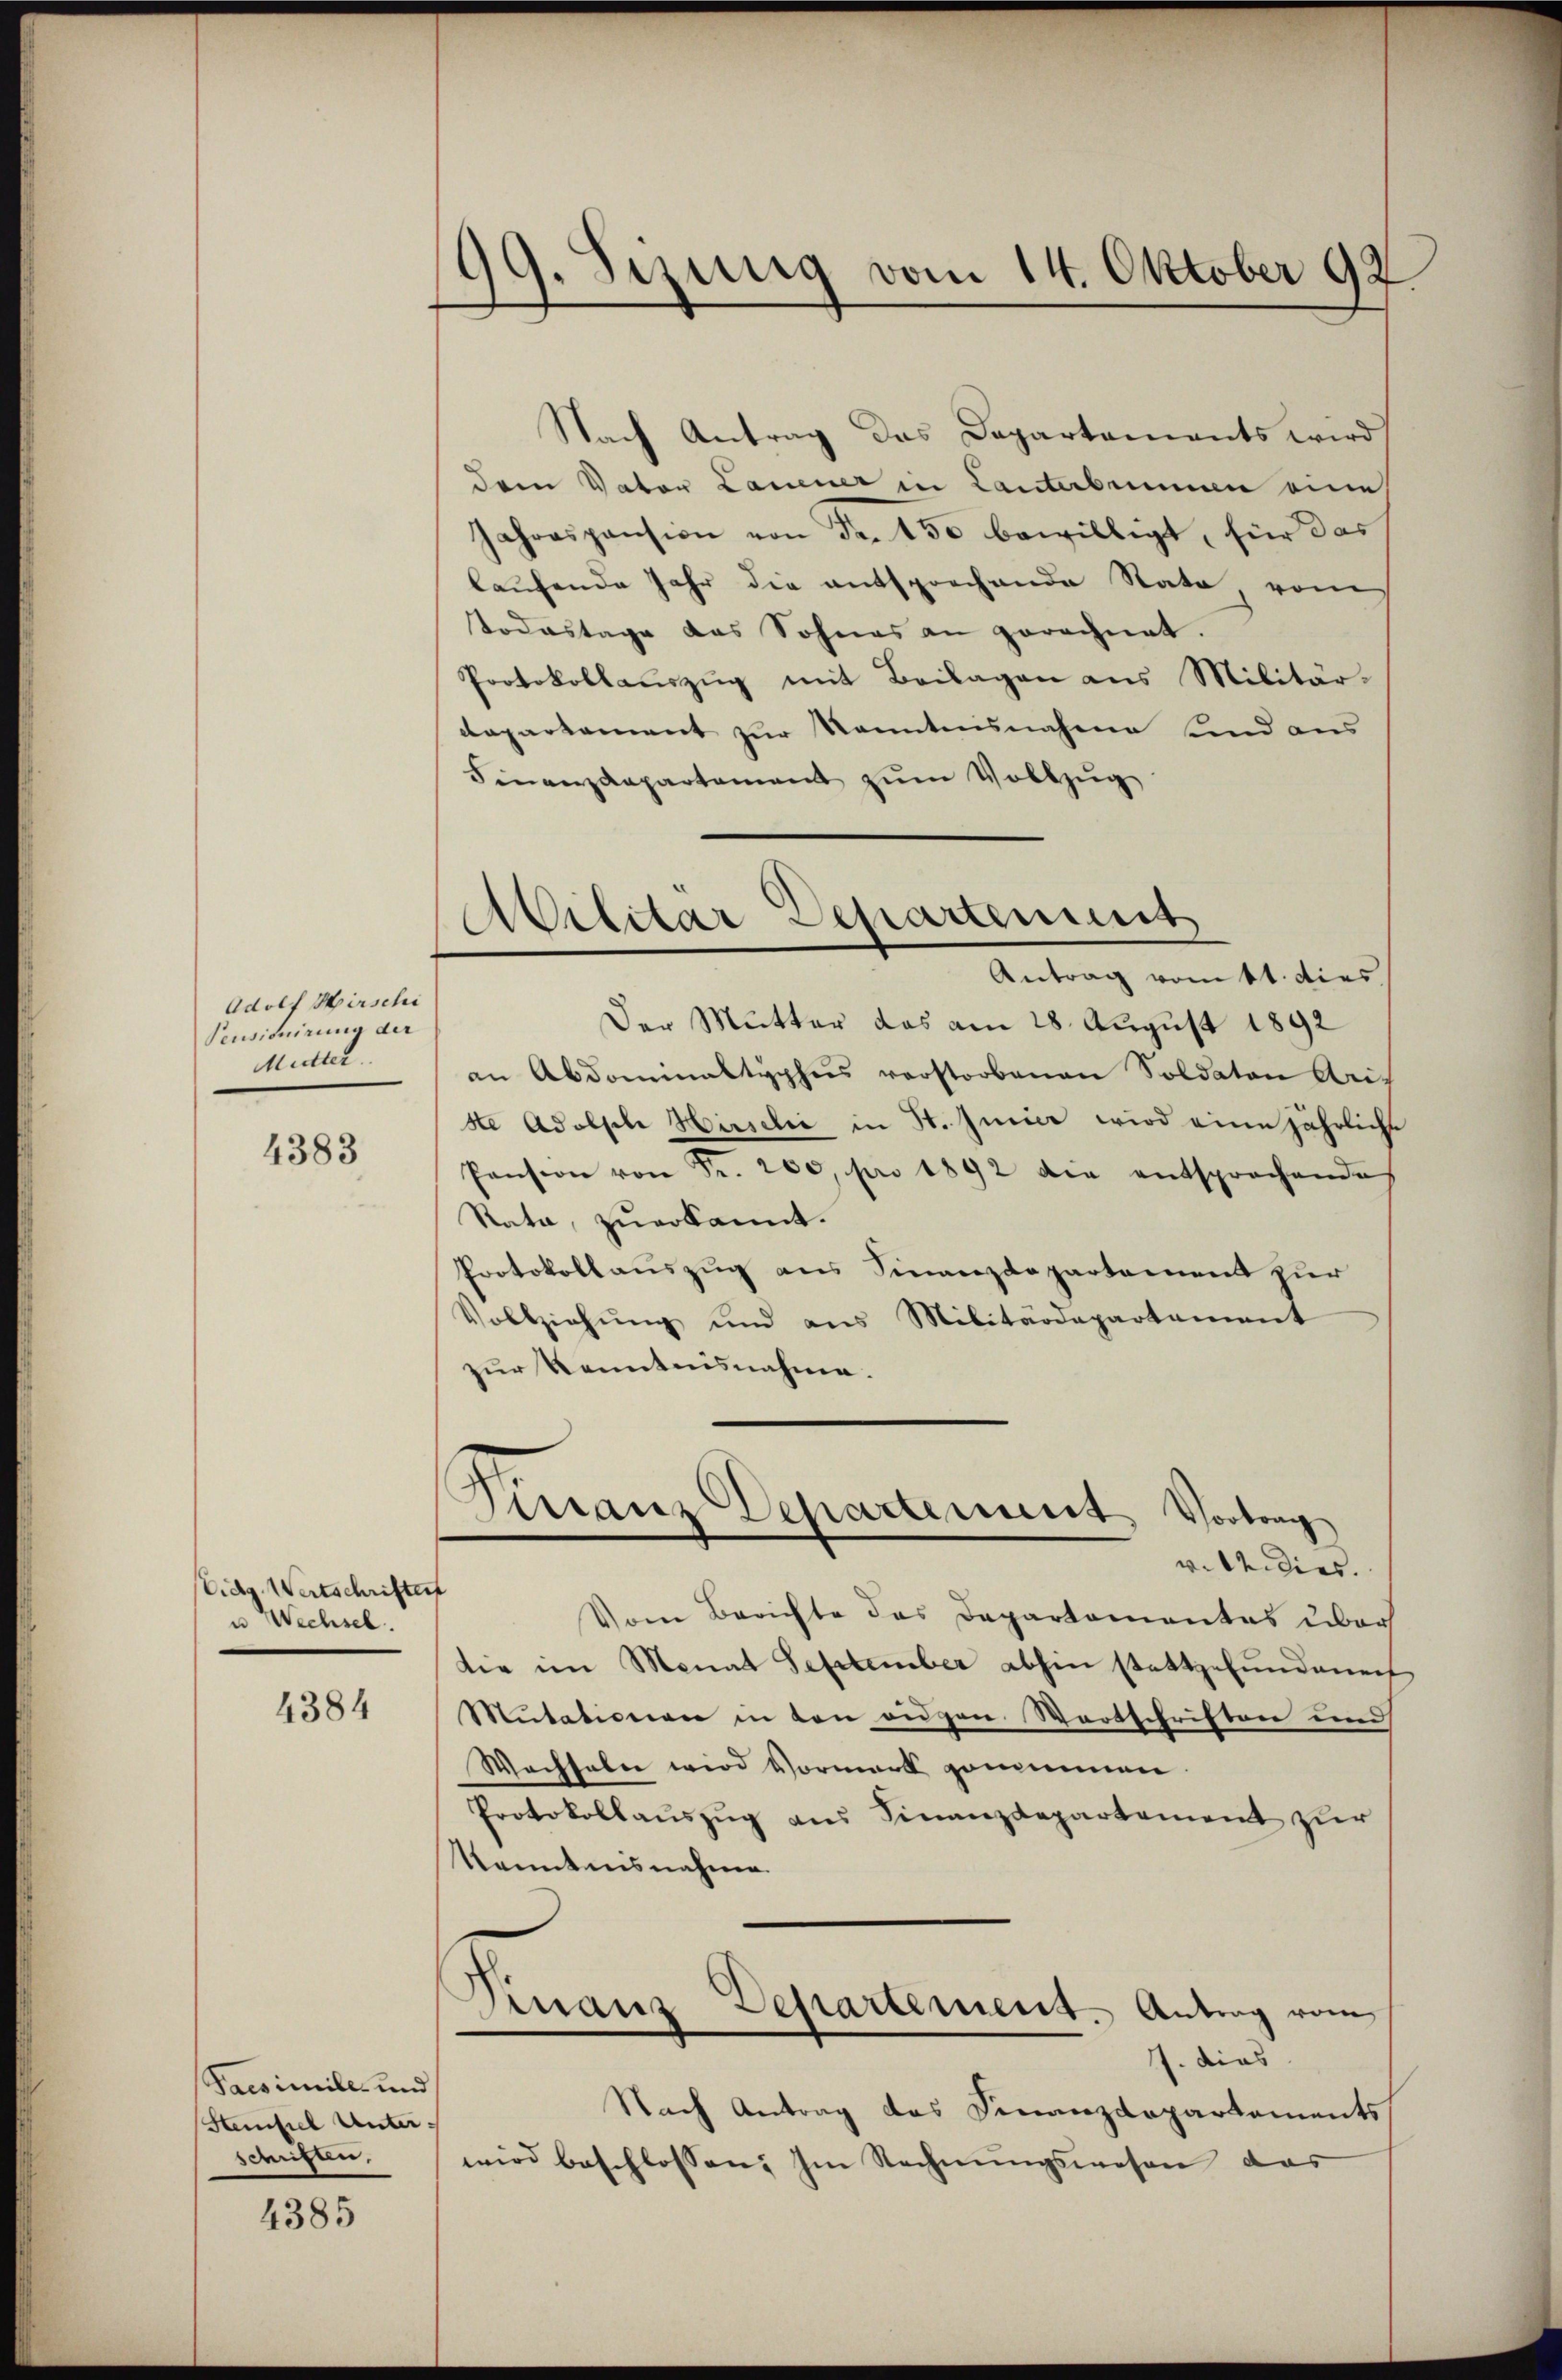
Adolf Hirschi
Pensituirung der
Mutter

4383

Eidg. Wertschriftes
u Wechsel.

4384

Pacsimile und
Steinfiel Unter,
schriften.

4385

99. Sizung vom 14. Oktober 192.

Militar Departeiis
Antrag vom 11. dies

Nach Antrag das Departements wird
dem Vater Lauener in Lanterbennen eine
Jahrespension von Fr. 150 bewilligt, für das
laufende Jahr die entsprechende Nato vom
Todestage das Sohnes an gerechnet.
Protokollaŭszŭg mit Beilagen ans Militär-
dapartement zur kanntensnahme und aus
Finanzdepartement zŭm Vollzŭg
Der Mutter das am 28. August 1892
an Abdominaltyphus verstorbenen Soldaten Rei
ste Adolph Hirschie in St. Juier wird eine jährliche
Pension von Fr. 200, pro 1892 die entsprochende
Rata, zuerkannt.
Protokollauszug aus Finanzdepartement zur
Vollziehŭng und ans Militärdepartement
zur Kenntnisnahme.
Tirranz Departement, Vortrag
v. M. dies.
f
Vom Berichte des Departementes über
die im Monat September abhin stattgefundenen
Mutationen in den eigen Wortschriften und
Wachseln wird Vormerk genommen
Protokollauszug aus Finanzdepartement zur
Kenntnisnahme
Finanz-Departement. Antrag vom
1. dies
Nach Antrag des Finanzdepartements
wird beschlossen: Im Rechnungswesen das